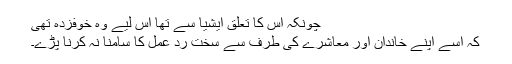
چونکہ اس کا تعلق ایشیا سے تھا اس لیے وہ خوفزدہ تھی
کہ اسے اپنے خاندان اور معاشرے کی طرف سے سخت رد عمل کا سامنا نہ کرنا پڑے۔